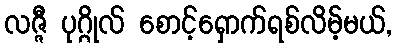
လဇ္ဇီ ပုဂ္ဂိုလ် စောင့်ရှောက်ရစ်လိမ့်မယ်,